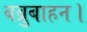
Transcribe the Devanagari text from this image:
बब्रुबाहन।